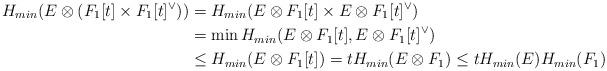
LaTeX: \begin{align*}H_{min}(E\otimes (F_1[t]\times F_1[t]^{\vee}))&=H_{min}(E\otimes F_1[t]\times E\otimes F_1[t]^{\vee})\\&=\min H_{min}(E\otimes F_1[t], E\otimes F_1[t]^{\vee})\\&\leq H_{min}(E\otimes F_1[t])=t H_{min}(E\otimes F_1)\leq tH_{min}(E)H_{min}(F_1)\end{align*}